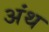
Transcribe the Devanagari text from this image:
अंथ